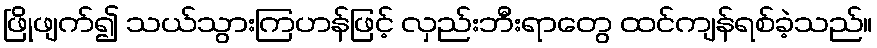
ဖြိုဖျက်၍ သယ်သွားကြဟန်ဖြင့် လှည်းဘီးရာတွေ ထင်ကျန်ရစ်ခဲ့သည်။